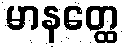
မာနတ္ထေ